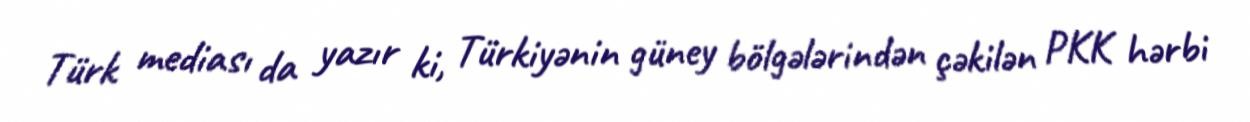
Türk mediası da yazır ki, Türkiyənin güney bölgələrindən çəkilən PKK hərbi